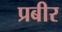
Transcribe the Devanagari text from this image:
प्रबीर